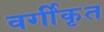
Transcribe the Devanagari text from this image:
वर्गीकृत